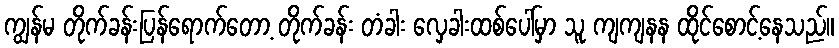
ကျွန်မ တိုက်ခန်းပြန်ရောက်တော့ တိုက်ခန်း တံခါး လှေခါးထစ်ပေါ်မှာ သူ ကျကျနန ထိုင်စောင့်နေသည်။